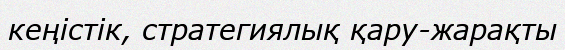
кеңістік, стратегиялық қару-жарақты